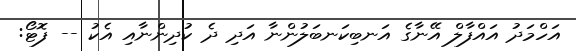
އަހްމަދު އައްފާލް އޭނާގެ އަނބިކަނބަލުންނާ އަދި ދެ ކުދިންނާއި އެކު -- ފޮޓޯ: